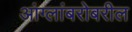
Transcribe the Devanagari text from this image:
आंग्लांबरोबरील